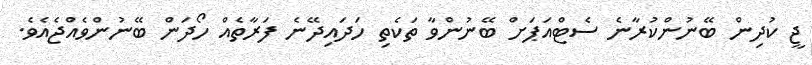
ޖީ ކުދިން ބޭނުންކުރާނެ ސެޓްއަޕަށް ބޭނުންވާ ތަކެތި ހަދައިދޭނެ ފަރާތެއް ހޯދަން ބޭނުންވެއްޖެއެވެ.